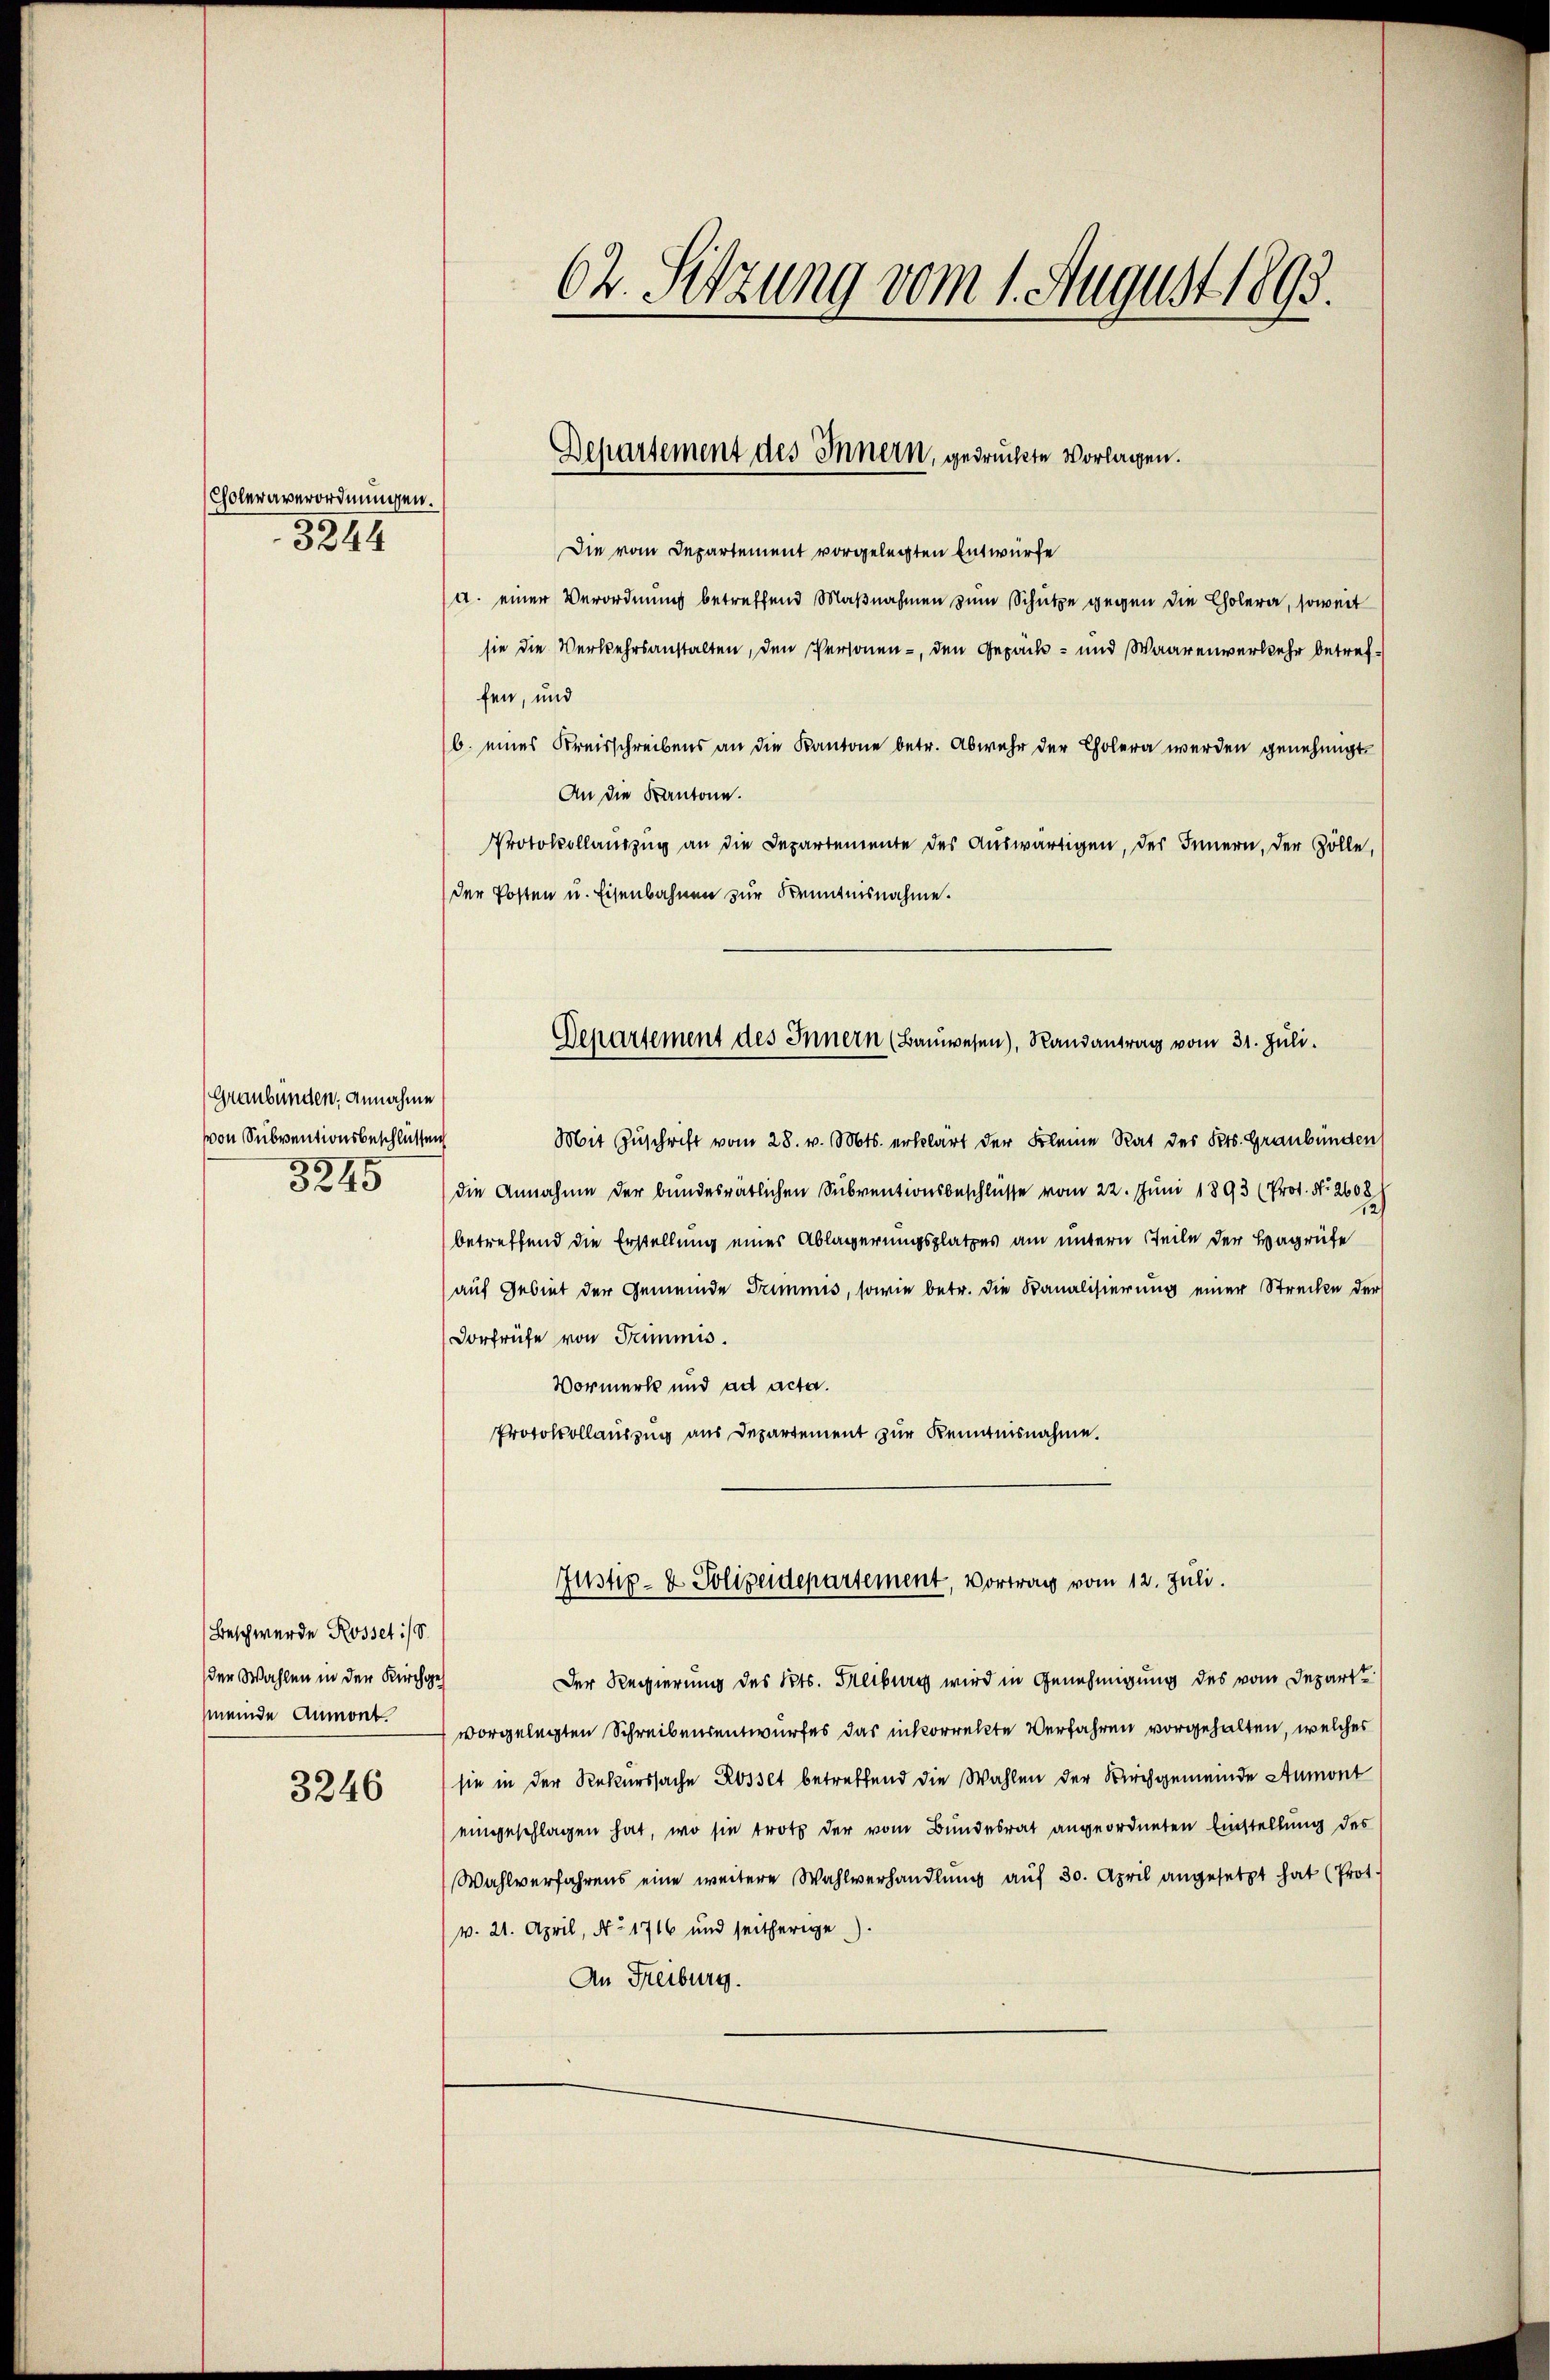
Choleraverordnungen.
3244

(Graubünden, Annahme
von Subventionsbeschlüssen
3245

Beschwerde Rosset:/ S.
der Wahlen in der Kirchges
meinde Anmont.

3246

62. Setzung vom 1. August 1893.

Departement des Innern, gedrückte Vorlagen.

Die vom Departement vorgelegten Entwürfe
a. einer Verordnung betreffend Maßnahmen zum Schütze gegen die Cholera, soweit
sie die Verkehrsanstalten, den Personen-, den Gepäck- und Waarenverkehr betreffen, und
b. eines Kreisschreibens an die Kantone betr. Abwehr der Cholern werden genehmigt.
An die Kantone.
Protokollauszug an die Departemente des Auswärtigen, des Innern, der Zölle,
der Posten u. Eisenbahnen zur Kenntnisnahme.
Mit Zŭschrift vom 28. v. Mts. erklärt der Kleine Rat des Kts. Graubünden
die Annahme der bundesrätlichen Subventionsbeschlusse vom 22. Juni 1893 (Prot. Nr. 2608 h
betreffend die Erstellung eines Ablagerungsplatzes am untern Teile der Hagrüfe
auf Gebiet der Gemeinde Trimmis, sowie betr. die Banalisierung einer Strecken der
Dorfrühe von Summis.
Vormerk und ad acta.
Protokollauszug aus Departement zur Kenntnisnahme.
Justiz- & Polizeidepartement, Vortrag vom 12. Juli.
Der Regierung des Kts. Freiburg wird in Genehmigung des vom Departe
vorgelegten Schreibensentwurfes das inkorrekte Verfahren vorgehalten, welches
sie in der Rekurssache Rosset betreffend die Wahlen der Kirchgemeinde Aumont
eingeschlagen hat, wo sie trotz der vom Bundesrat angeordneten Einstellung des
Wahlverfahrens eine weitere Wahlverhandlung auf 30. April angesetzt hat (Prot.
v. 21. April, No 1716 und seitherige
An Freiburg.

Departement des Innern (Bauwesen), Randantrag vom 31. Juli.